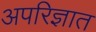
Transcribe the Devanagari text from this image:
अपरिज्ञात